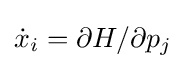
{\dot {x}}_{i}=\partial H/\partial p_{j}